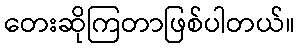
တေးဆိုကြတာဖြစ်ပါတယ်။